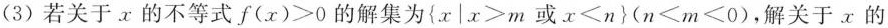
(3)若关于x的不等式$$f(x)>0$$的解集为\left \{$$x\mid x>m$$或$$x<n$$\right \}$$(n<m<0)$$，解关于x的